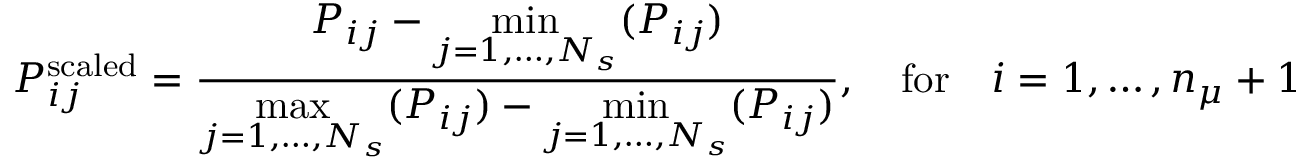
P _ { i j } ^ { \mathrm { s c a l e d } } = \frac { P _ { i j } - \underset { j = 1 , \ldots , N _ { s } } { \operatorname* { m i n } } ( P _ { i j } ) } { \underset { j = 1 , \ldots , N _ { s } } { \operatorname* { m a x } } ( P _ { i j } ) - \underset { j = 1 , \ldots , N _ { s } } { \operatorname* { m i n } } ( P _ { i j } ) } , \quad \mathrm { f o r } \quad i = 1 , \ldots , n _ { \mu } + 1